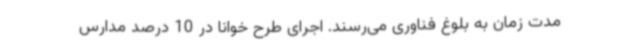
مدت زمان به بلوغ فناوری می‌رسند. اجرای طرح خوانا در 10 درصد مدارس